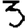
Digit: 3